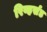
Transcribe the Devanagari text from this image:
रिव्हर्सड